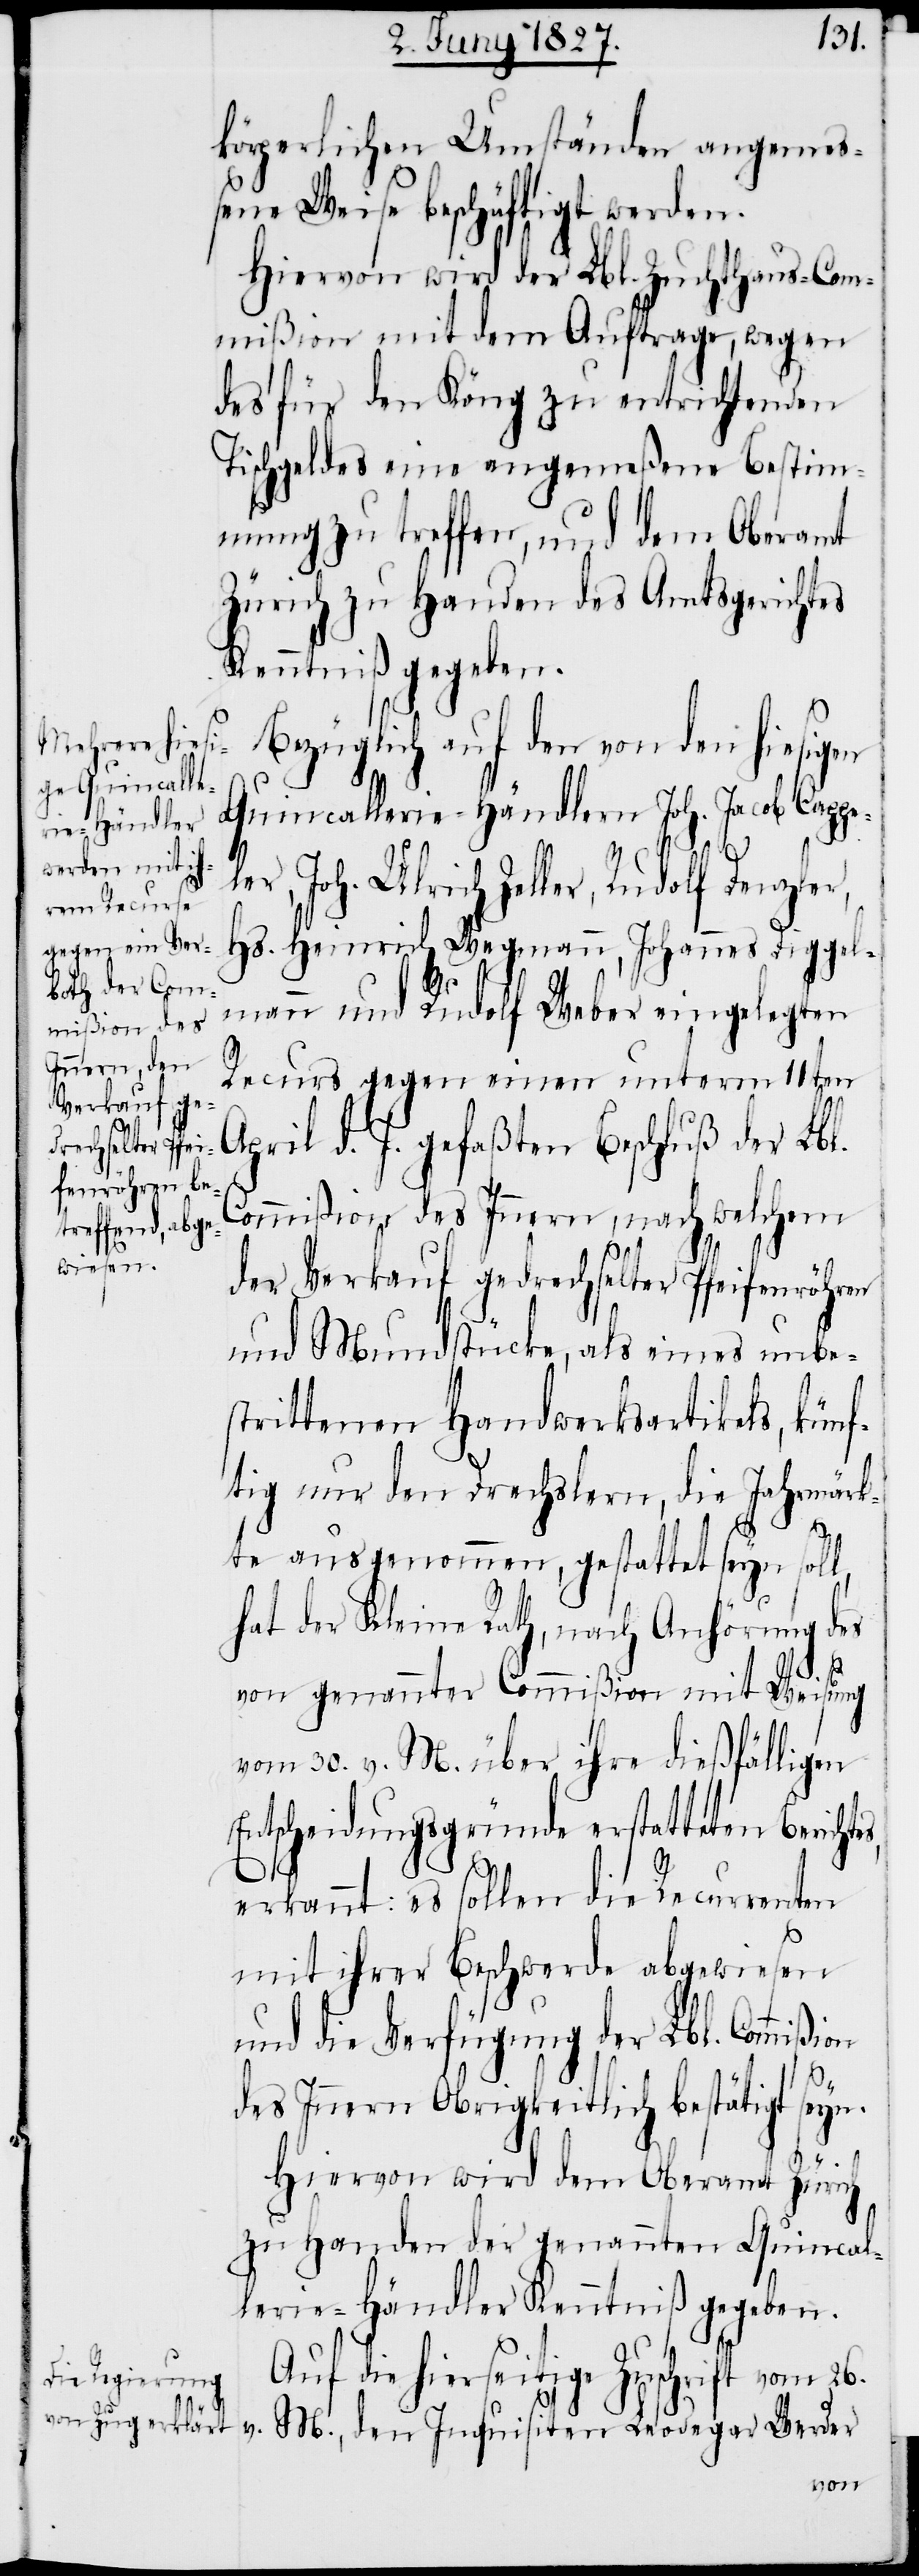
körperlichen Umständen angemeß¬
ene Weise beschäftigt werden.
Hiervon wird der Lbl. Zuchthaus-Com¬
mißion mit dem Auftrage, wegen
des für den Köng zu entrichtenden
Tischgeldes eine angemeßene Bestim¬
mung zu treffen, und dem Oberamt
Zürich zu Handen des Amtsgerichtes
Kenntniß gegeben.
Bezüglich auf den von den hiesigen
Quincallerie-Händlern Joh. Jacob Cappe¬
26.
ler, Joh. Ulrich Zeller, Rudolf Denzler,
Hs. Heinrich Wegmann, Johannes Diggel¬
mann und Rudolf Weber eingelegten
mißion des
Recurs gegen einen unterm 11ten
s,
April d. J. gefaßten Beschluß der Lbl.
der Verkauf gedrechselter Pfeifenröhren
und Mundstücke, als eines unbe¬
strittenen Handwerksartikels, künf¬
tig nur den Drechslern, die Jahrmärk¬
v.
te ausgenommen, gestattet seyn soll,
hat der Kleine Rath, nach Anhörung des
von genannter Commißion mit Weisung
vom 30. v. M. über ihre dießfälligen
Entscheidungsgründe erstatteten Berichte¬
erkannt: es sollen die Recurrenten
mit ihrer Beschwerde abgewiesen
und die Verfügung der Lbl. Commi¬
des Innern Obrigkeitlich bestätigt seyn.
Hiervon wird dem Oberamt Zürich
zu Handen der genannten Quincal¬
lerie-Händler Kenntniß gegeben.
Auf die hierseitige Zuschrift vom
M., den Inquisiten Leodegar Werder
ßion